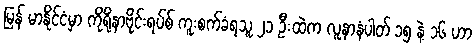
မြန် မာနိုင်ငံမှာ ကိုရိုနာဗိုင်းရပ်စ် ကူးစက်ခံရသူ ၂၁ ဦးထဲက လူနာနံပါတ် ၁၅ နဲ့ ၁၆ ဟာ